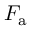
F _ { \mathrm { a } }